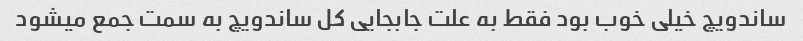
ساندویچ خیلی خوب بود فقط به علت جابجایی کل ساندویچ به سمت جمع میشود